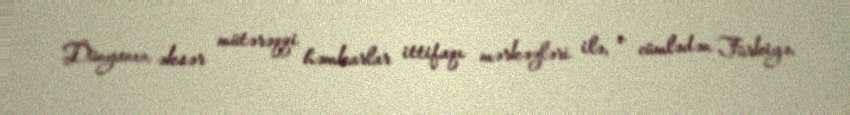
Dünyanın əksər mütərəqqi həmkarlar ittifaqı mərkəzləri ilə, o cümlədən Türkiyə,